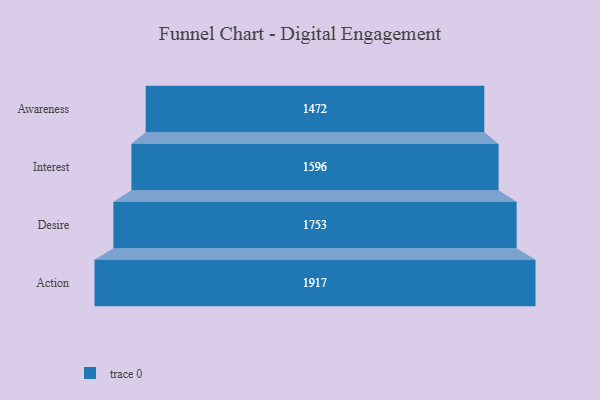
{"axis": {"x": "Stage", "y": "Value"}, "legend": [""], "data": [{"x": "Awareness", "y": 1472.0, "type": ""}, {"x": "Interest", "y": 1596.0, "type": ""}, {"x": "Desire", "y": 1753.0, "type": ""}, {"x": "Action", "y": 1917.0, "type": ""}]}